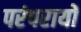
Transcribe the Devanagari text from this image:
परंपरायों